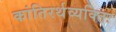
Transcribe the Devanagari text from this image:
कांतिरर्थव्यक्तिः